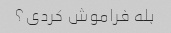
بله فراموش کردی؟